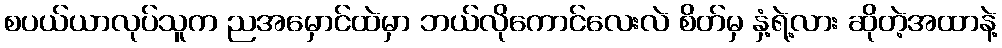
စပယ်ယာလုပ်သူက ညအမှောင်ထဲမှာ ဘယ်လိုကောင်လေးလဲ စိတ်မှ နှံ့ရဲ့လား ဆိုတဲ့အထာနဲ့